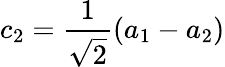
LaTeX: c_{2}=\frac{1}{\sqrt{2}}(a_{1}-a_{2})